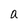
Character: a